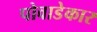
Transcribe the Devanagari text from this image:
पोवाडेकार